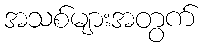
အသစ်များအတွက်